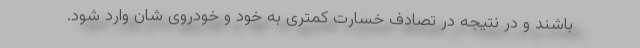
باشند و در نتیجه در تصادف خسارت کمتری به خود و خودروی شان وارد شود.